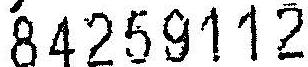
84259112